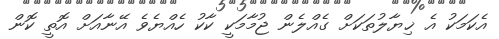
އެކަމަކު އެ ޚިޔާލުތަކަށް ގެއްލެން ޖުމާމަކީ ކާކު ހެއްޔެވެ އޭނާއަށް އޮތީ ކޮން